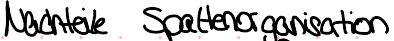
Nachteile Spaltenorganisation